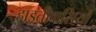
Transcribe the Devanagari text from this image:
हाइतीवासियों